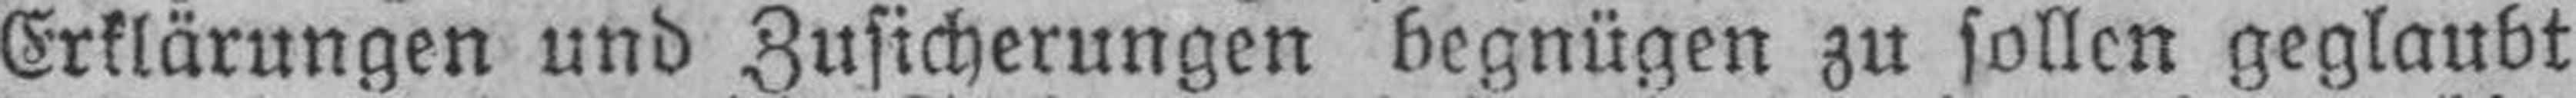
Erklärungen und Zusicherungen begnügen zu sollen geglaubt